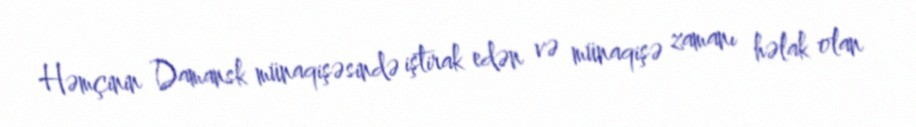
Həmçinin Damansk münaqişəsində iştirak edən və münaqişə zamanı həlak olan